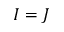
I = J